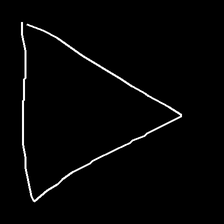
Glyph: convergence